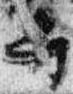
弁